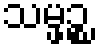
သမ္ဖဉ္စ